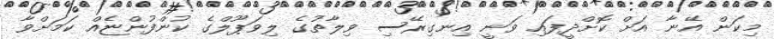
މިކަން އޭނާ އަށް ކޮށްދީފައި ވަނީ އިނގިރޭސި ވިލާތުގެ ލިވަޕޫލްގެ ކުންފުންޏެއް ކަމަށްވާ